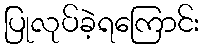
ပြုလုပ်ခဲ့ရကြောင်း